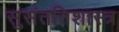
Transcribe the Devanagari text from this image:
सुसंततिशास्त्र